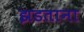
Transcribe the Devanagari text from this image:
झडताना